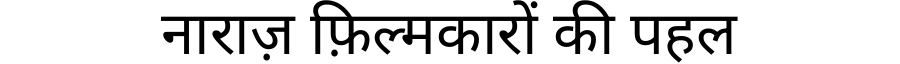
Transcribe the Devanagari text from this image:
नाराज़ फ़िल्मकारों की पहल